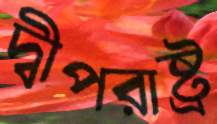
দ্বীপরাষ্ট্র